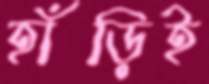
হাঁড়িই